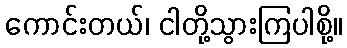
ကောင်းတယ်၊ ငါတို့သွားကြပါစို့။